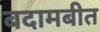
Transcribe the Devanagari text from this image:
बदामबीत